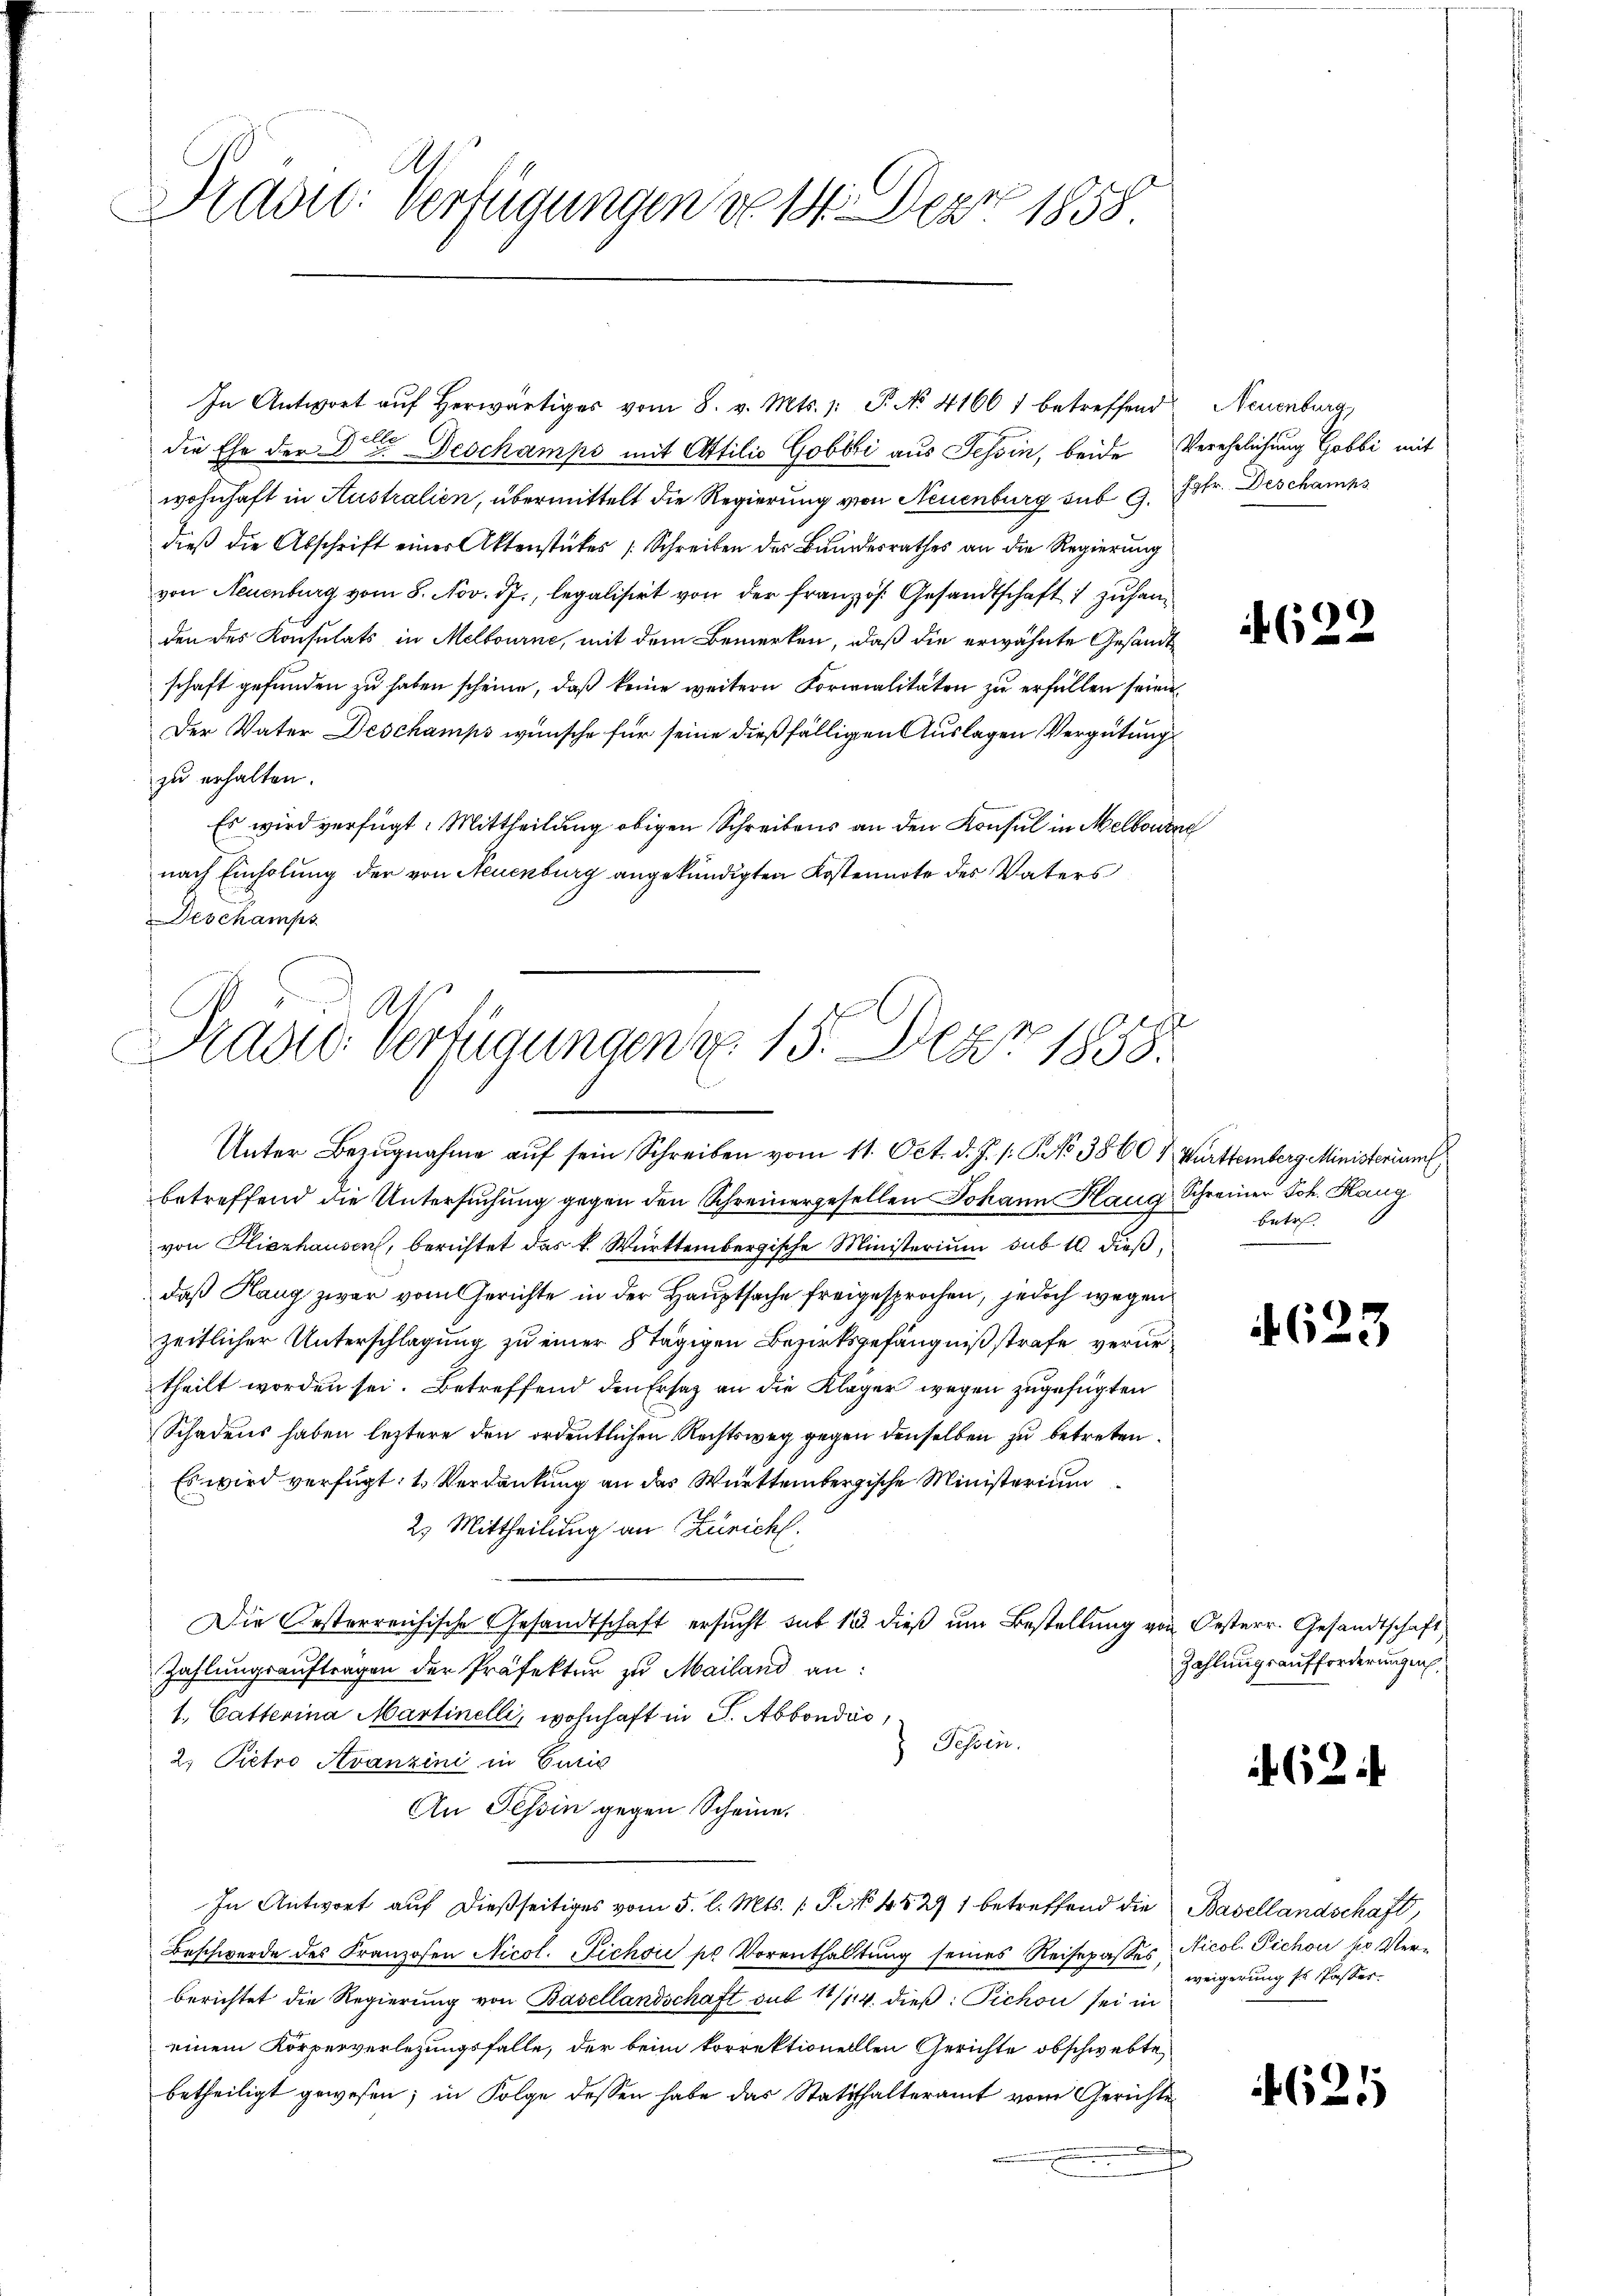
Pravić-Verfügungen von 14. Der 1858.

In Antwort aŭf herwärtiges vom 8. v. Mts. 1. P. No 41601 betreffend Neuenburg,
die Ehe der Dr. Deschamps mit Attilio Gobbi aus Tessin, beide Verehelichung Gobbi mit
wohnhaft in Australien, übermittelt die Regierung von Neuenburg sub 9. Febr. Deschamps
dieβ die Abschrift einer Aktenstückes Schreiben des Bundesrathes an die Regierung
von Neuenburg vom 8. Nov. 17., legalisirt von der französ. Gesandtschaft 1 zuhanden des Konsulats in Melbourne, mit dem Bemerken, daß die erwähnte Gesandt
schaft gefunden zu haben scheine, daß keine weitern Formalitäten zu erfüllen seien.
Der Vater Deschamps wünsche für seine dießfälligen Auslagen Vergütung
zu erhalten.
Es wird verfügt: Mittheilung obigen Schreibens an den Konsul in Melbourne
nach Einholung der von Neuenburg angekündigten Kostennote des Vaters
eschamps

betreffend die Untersuchung gegen den Schreinergesellen Johann Haug, Schreiner Joh. Hang
von Hierhausen, berichtet das k. Württembergische Ministerium sub 10 dieß,
daß Hang zwar vom Gerichte in der Hauptsache freigesprochen, jedoch wegen
zeitlicher Unterschlagung zu einer Stägigen Bezirksgefängnißstrafe verurtheilt worden sei. Betreffend den Ersatz an die Klager wegen zugefügten
Schadens haben letztere den ordentlichen Rechtsweg gegen denselben zu betreten.
Es wird verfügt: 1. Verdankung an das Württembergische Ministerium
2.) Mittheilung an Zürich.
Die Oesterreichische Gesandtschaft ersucht sub 15. dieß um Bestellung von Oesterr. Gesandtschaft
Zahlungsaufträgen der Präfekter zu Mailand an:
1. Catterina Martinelli, wohnhaft in S. Abbondás
Fessen.
2. Pietro Avanzini in Euris
An Tessin gegen Scheine.
In Antwort auf dießseitiges vom 5. l. Mts. 1 S. 4521 betreffend die Basellandschaft,
Beschwerde des Franzosen Nicol. Fichoi pr Vorenthaltung seines Reisepasses Nicol. Dichon po Verberichtet die Regierung von Basellandschaft sub 11/114. dieß: Pichon sei in
einem Körperverlegungsfalle, der beim korrektionellen Gerichte obschwebte
betheiligt gewesen; in Folge dessen habe das Statthalteramt vom Gerichte

Pravić-Verfügungen u. 15. Der 1858.
.
Unter Bezŭgnahme aŭf sein Schreiben vom 11. Oct. d. J. s. S. No 3860 & Württemberg Ministerium

if. 62.

Betr

623

Zahlungsaufforderungen,

462.

weigerung Es Passer.

4621